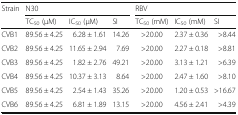
<table><thead><tr><td rowspan="2"><b>Strain</b></td><td colspan="3"><b>N30</b></td><td colspan="3"><b>RBV</b></td></tr><tr><td><b>TC<sub>50</sub> (μM)</b></td><td><b>IC<sub>50</sub> (μM)</b></td><td><b>SI</b></td><td><b>TC<sub>50</sub> (mM)</b></td><td><b>IC<sub>50</sub> (mM)</b></td><td><b>SI</b></td></tr></thead><tbody><tr><td>CVB1</td><td>89.56 ± 4.25</td><td>6.28 ± 1.61</td><td>14.26</td><td>&gt;20.00</td><td>2.37 ± 0.36</td><td>&gt;8.44</td></tr><tr><td>CVB2</td><td>89.56 ± 4.25</td><td>11.65 ± 2.94</td><td>7.69</td><td>&gt;20.00</td><td>2.27 ± 0.18</td><td>&gt;8.81</td></tr><tr><td>CVB3</td><td>89.56 ± 4.25</td><td>1.82 ± 2.76</td><td>49.21</td><td>&gt;20.00</td><td>3.13 ± 1.21</td><td>&gt;6.39</td></tr><tr><td>CVB4</td><td>89.56 ± 4.25</td><td>10.37 ± 3.13</td><td>8.64</td><td>&gt;20.00</td><td>2.47 ± 1.60</td><td>&gt;8.10</td></tr><tr><td>CVB5</td><td>89.56 ± 4.25</td><td>2.54 ± 1.43</td><td>35.26</td><td>&gt;20.00</td><td>1.20 ± 0.53</td><td>&gt;16.67</td></tr><tr><td>CVB6</td><td>89.56 ± 4.25</td><td>6.81 ± 1.89</td><td>13.15</td><td>&gt;20.00</td><td>4.56 ± 2.41</td><td>&gt;4.39</td></tr></tbody></table>